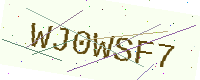
Text: WJ0WSF7